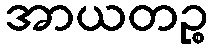
အာယတဉ္စ